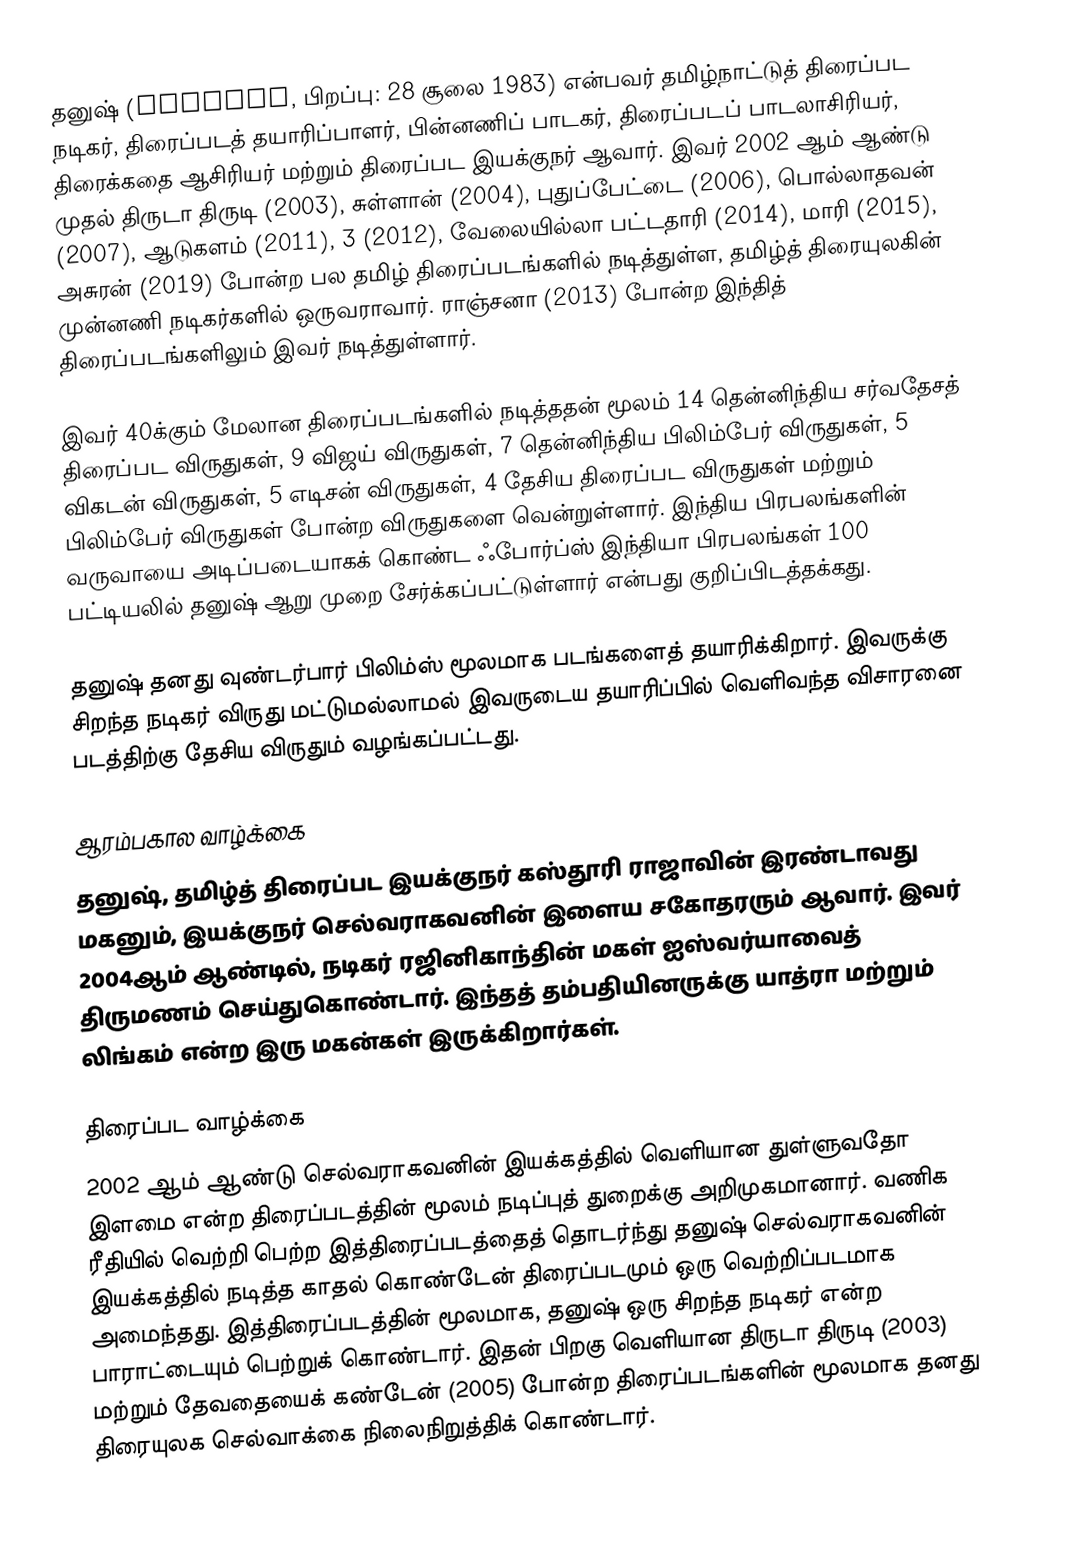
தனுஷ் (Dhanush, பிறப்பு: 28 சூலை 1983) என்பவர் தமிழ்நாட்டுத் திரைப்பட நடிகர், திரைப்படத் தயாரிப்பாளர், பின்னணிப் பாடகர், திரைப்படப் பாடலாசிரியர், திரைக்கதை ஆசிரியர் மற்றும் திரைப்பட இயக்குநர் ஆவார். இவர் 2002 ஆம் ஆண்டு முதல் திருடா திருடி (2003), சுள்ளான் (2004), புதுப்பேட்டை (2006), பொல்லாதவன் (2007), ஆடுகளம் (2011), 3 (2012), வேலையில்லா பட்டதாரி (2014), மாரி (2015), அசுரன் (2019) போன்ற பல தமிழ் திரைப்படங்களில் நடித்துள்ள, தமிழ்த் திரையுலகின் முன்னணி நடிகர்களில் ஒருவராவார். ராஞ்சனா (2013) போன்ற இந்தித் திரைப்படங்களிலும் இவர் நடித்துள்ளார்.

இவர் 40க்கும் மேலான திரைப்படங்களில் நடித்ததன் மூலம் 14 தென்னிந்திய சர்வதேசத் திரைப்பட விருதுகள், 9 விஜய் விருதுகள், 7 தென்னிந்திய பிலிம்பேர் விருதுகள், 5 விகடன் விருதுகள், 5 எடிசன் விருதுகள், 4 தேசிய திரைப்பட விருதுகள்  மற்றும் பிலிம்பேர் விருதுகள் போன்ற விருதுகளை வென்றுள்ளார். இந்திய பிரபலங்களின் வருவாயை அடிப்படையாகக் கொண்ட ஃபோர்ப்ஸ் இந்தியா பிரபலங்கள் 100 பட்டியலில் தனுஷ் ஆறு முறை சேர்க்கப்பட்டுள்ளார் என்பது குறிப்பிடத்தக்கது.

தனுஷ் தனது வுண்டர்பார் பிலிம்ஸ் மூலமாக படங்களைத் தயாரிக்கிறார். இவருக்கு சிறந்த நடிகர் விருது மட்டுமல்லாமல் இவருடைய தயாரிப்பில் வெளிவந்த விசாரனை படத்திற்கு தேசிய விருதும் வழங்கப்பட்டது.

ஆரம்பகால வாழ்க்கை
தனுஷ், தமிழ்த் திரைப்பட இயக்குநர் கஸ்தூரி ராஜாவின் இரண்டாவது மகனும், இயக்குநர் செல்வராகவனின் இளைய சகோதரரும் ஆவார். இவர் 2004ஆம் ஆண்டில், நடிகர் ரஜினிகாந்தின் மகள் ஐஸ்வர்யாவைத் திருமணம் செய்துகொண்டார். இந்தத் தம்பதியினருக்கு யாத்ரா மற்றும் லிங்கம் என்ற இரு மகன்கள் இருக்கிறார்கள்.

திரைப்பட வாழ்க்கை
2002 ஆம் ஆண்டு செல்வராகவனின் இயக்கத்தில் வெளியான துள்ளுவதோ இளமை என்ற திரைப்படத்தின் மூலம் நடிப்புத் துறைக்கு அறிமுகமானார். வணிக ரீதியில் வெற்றி பெற்ற இத்திரைப்படத்தைத் தொடர்ந்து தனுஷ் செல்வராகவனின் இயக்கத்தில் நடித்த காதல் கொண்டேன் திரைப்படமும் ஒரு வெற்றிப்படமாக அமைந்தது. இத்திரைப்படத்தின் மூலமாக, தனுஷ் ஒரு சிறந்த நடிகர் என்ற பாராட்டையும் பெற்றுக் கொண்டார். இதன் பிறகு வெளியான திருடா திருடி (2003) மற்றும் தேவதையைக் கண்டேன் (2005) போன்ற திரைப்படங்களின் மூலமாக தனது திரையுலக செல்வாக்கை நிலைநிறுத்திக் கொண்டார்.